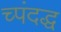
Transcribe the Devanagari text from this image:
च्पंदद्ध